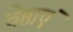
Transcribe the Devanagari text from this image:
चेष्ठाएं